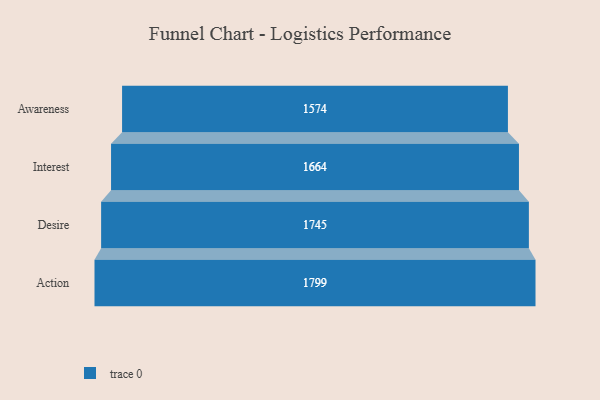
{"axis": {"x": "Stage", "y": "Value"}, "legend": [""], "data": [{"x": "Awareness", "y": 1574.0, "type": ""}, {"x": "Interest", "y": 1664.0, "type": ""}, {"x": "Desire", "y": 1745.0, "type": ""}, {"x": "Action", "y": 1799.0, "type": ""}]}